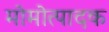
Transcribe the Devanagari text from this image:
मोमोत्पादक